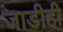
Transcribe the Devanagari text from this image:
जाडीही